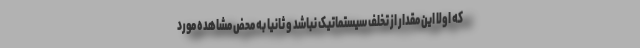
که اولا این مقدار از تخلف سیستماتیک نباشد و ثانیا به محض مشاهده مورد